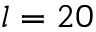
l = 2 0